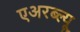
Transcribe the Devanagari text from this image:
एअरब्ल्यू